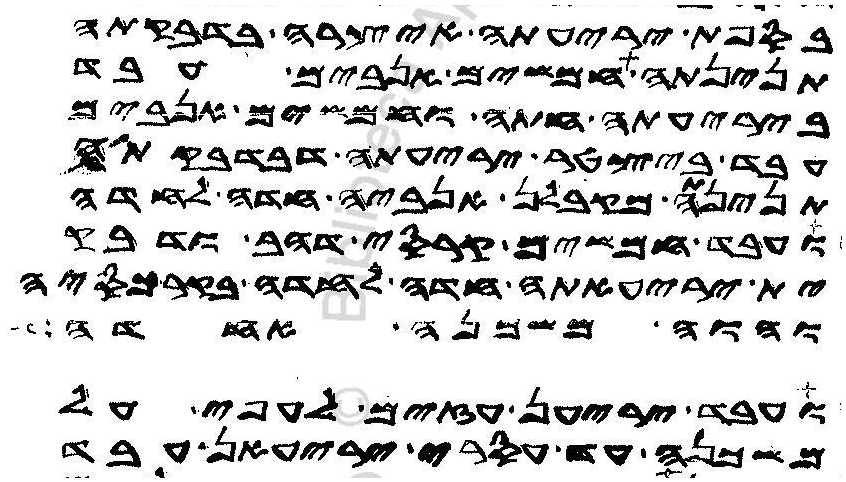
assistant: בספת יריעתה איצרה בדבקתה
תנינתה חמשים אנבים עבד
ביריעתה חתה וחמשים אנבים
עבד ביצטר יריעתה דבדבקתה
תנינתה מקבלן אנביה חדה לחדה
ועבד חמשים קרכסי דהב ודבק
ית יריעאתה חדה לחדה בקרכסיה
והוה משכנה אחדה
ועבד יריען עזים לעפי על
משכנה עד עסרי יריעאן עבד